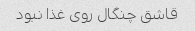
قاشق چنگال روی غذا نبود